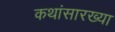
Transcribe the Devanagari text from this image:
कथांसारख्या